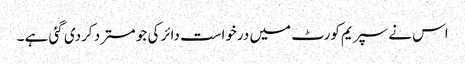
اس نے سپریم کورٹ میں درخواست دائر کی جو مسترد کردی گئی ہے ۔